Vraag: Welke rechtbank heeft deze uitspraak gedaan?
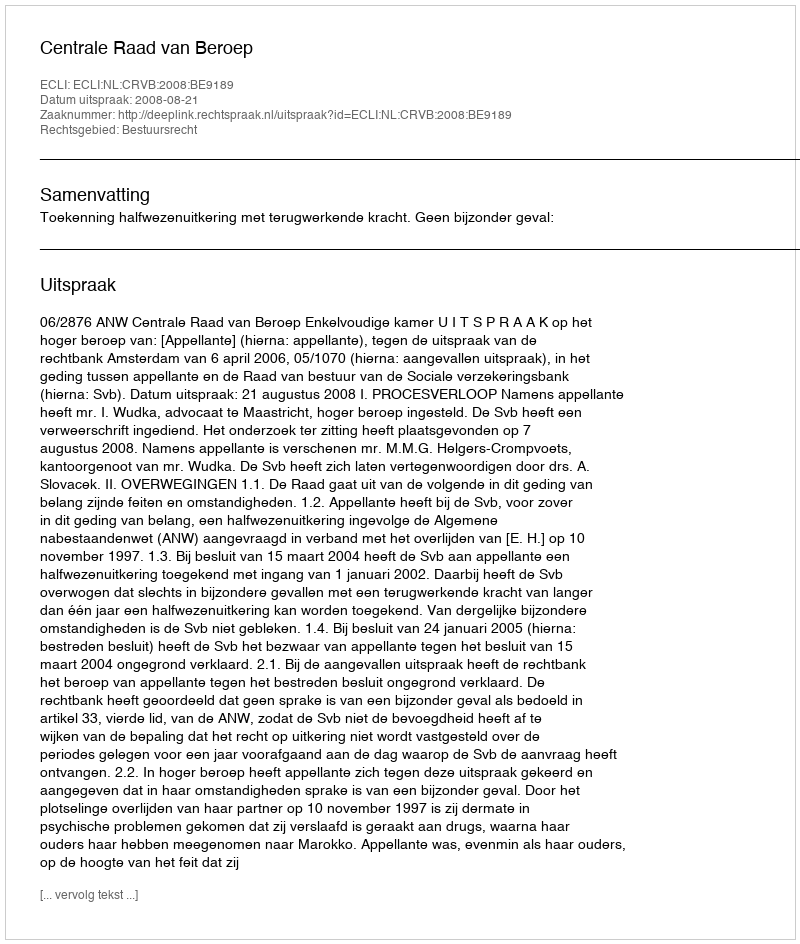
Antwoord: Centrale Raad van Beroep